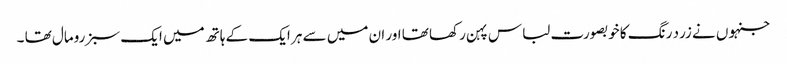
جنہوں نے زرد رنگ کا خوبصورت لباس پہن رکھا تھا اور ان میں سے ہر ایک کے ہاتھ میں ایک سبز رومال تھا ۔